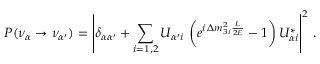
P ( \nu _ { \alpha } \to \nu _ { \alpha ^ { \prime } } ) = \left| \delta _ { \alpha \alpha ^ { \prime } } + \sum _ { i = 1 , 2 } U _ { { \alpha ^ { \prime } } i } \, \left( e ^ { i \, \Delta m _ { 3 i } ^ { 2 } \frac { L } { 2 E } } - 1 \right) U _ { { \alpha } i } ^ { * } \right| ^ { 2 } \, .